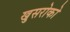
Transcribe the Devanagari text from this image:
खुसरोको